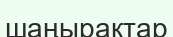
шаңырақтар